Trukikaitis_Postimees, lk 2
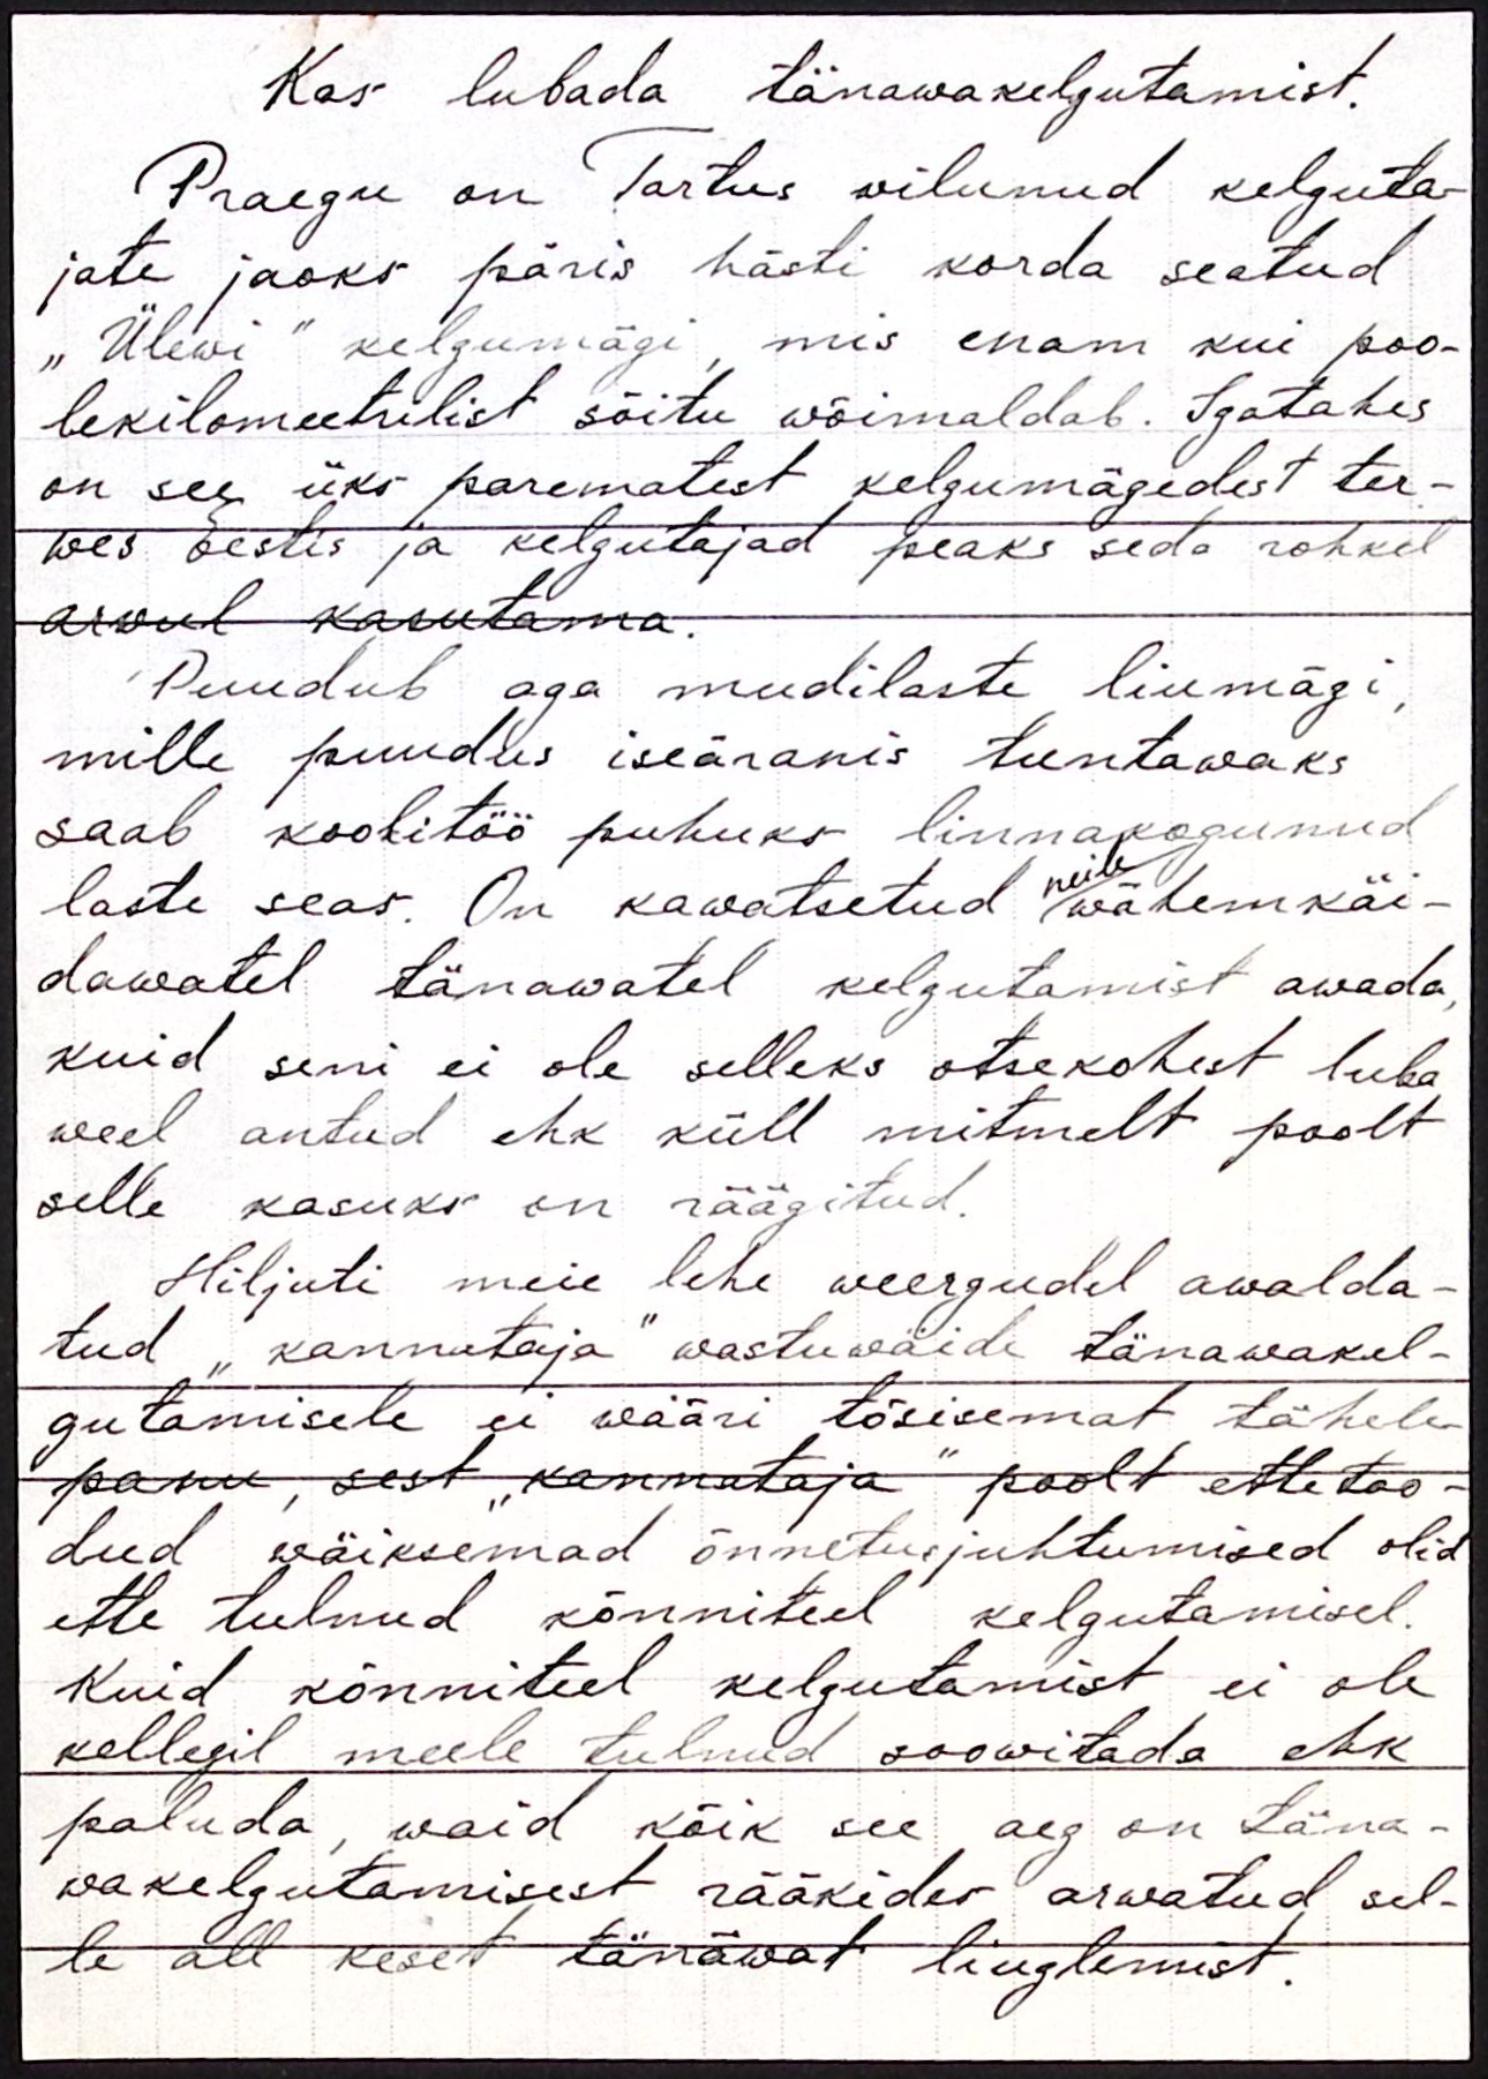
Kas lubada tänawakelgutamist.
Praegu on Tartus vilunud kelguta-
jate jaoks päris hästi korda seatud
"Ülewi" kelgumägi, mis enam kui poo-
lekilomeetrilist sõitu wõimaldab. Igatahes
on see üks parematest kelgumägedest ter-
wes Eestis ja kelgutajad peaks seda rohkel
arwul kasutama.
Puudub aga mudilaste liumägi,
mille puudus iseäranis tuntawaks
saab koolitöö puhuks linnakogunud
laste seas. On kawatsetud wähemkäi-
neile
dawatel tänawatel kelgutamist awada,
kuid seni ei ole selleks otsekohest luba
weel antud ehk küll mitmelt poolt
selle kasuks on räägitud.
Hiljuti meie lehe weergudel awalda-
tud "kannataja" wastuwäide tänawakel-
gutamisele ei wääri tõsisemat tähele-
panu, sest "kannataja" poolt ettetoo-
dud wäiksemad õnnetusjuhtumised olid
ette tulnud kõnniteel kelgutamisel.
Kuid kõnniteel kelgutamist ei ole
kellegil meele tulnud soowitada ehk
paluda, waid kõik see aeg on täna-
wa kelgutamisest rääkides arwatud sel-
le all keset tänäwat liuglemist.